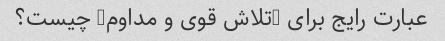
عبارت رایج برای "تلاش قوی و مداوم" چیست؟